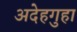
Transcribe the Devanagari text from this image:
अदेहगुहा